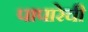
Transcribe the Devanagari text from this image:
पापारेची